Lunatic asylums Punjab 1881-1894 - 1881-1894
Year: 1881
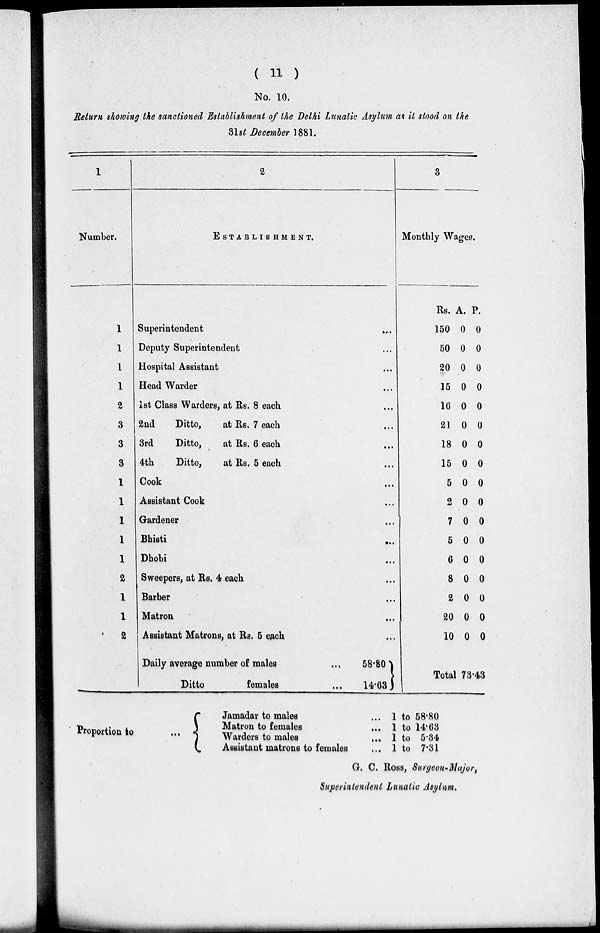
( 11 )
No. 10.
Return showing the sanctioned Establishment of the Delhi Lunatic Asylum as it stood on the
31st December 1881.
1
Number.
1
1
1
1
2
3
3
3
1
1
1
1
1
2
1
1
2
2
ESTABLISHMENT.
Superintendent...
Deputy Superintendent ...
Hospital Assistant ...
Head Warder ...
1st Class Warders, at Rs. 8 each ...
2nd
Ditto,
at Rs. 7 each ...
3rd
Ditto,
at Rs. 6 each ...
4th
Ditto,
at Rs. 5 each ...
Cook ...
Assistant Cook ...
Gardener ...
Bhisti
...
Dhobi ...
Sweepers, at Rs. 4 each ...
Barber ...
Matron ...
Assistant Matrons, at Rs. 5 each ...
Daily average number of males... 58.80
Ditto females ... 14.63
3
Monthly Wages.
Rs.
150
50
20
15
16
21
18
15
5
2
7
5
6
8
2
20
10
A.
0
0
0
0
0
0
0
0
0
0
0
0
0
0
0
0
0
P.
0
0
0
0
0
0
0
0
0
0
0
0
0
0
0
0
0
Total 73.43
Proportion to
...
Jamadar to males
Matron to females
Warders to males
Assistant matrons to females
... 1 to 58.80
... 1 to 14.63
... 1 to 5.34
... 1 to 7.31
G. C. Ross, Surgeon-Major,
Superintendent Lunatic Asylum.